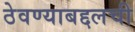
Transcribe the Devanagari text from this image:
ठेवण्याबद्दलची